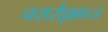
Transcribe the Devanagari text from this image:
नसरौल्लगन्ज